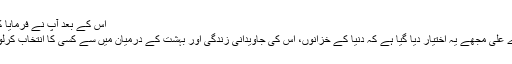
اس کے بعد آپ نے فرمایا کہ:
”اے علی مجھے یہ اختیار دیا گیا ہے کہ دنیا کے خزانوں، اس کی جاویدانی زندگی اور بہشت کے درمیان میں سے کسی کا انتخاب کرلوں۔